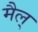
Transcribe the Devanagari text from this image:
मैल्